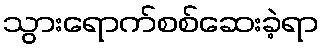
သွားရောက်စစ်ဆေးခဲ့ရာ